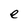
Character: e